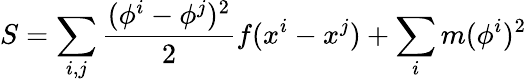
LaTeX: S=\sum_{i,j}{\frac{(\phi^{i}-\phi^{j})^{2}}{2}}f(x^{i}-x^{j})+\sum_{i}m(\phi^{i})^{2}